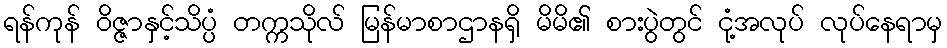
ရန်ကုန် ဝိဇ္ဇာနှင့်သိပ္ပံ တက္ကသိုလ် မြန်မာစာဌာနရှိ မိမိ၏ စားပွဲတွင် ငုံ့အလုပ် လုပ်နေရာမှ